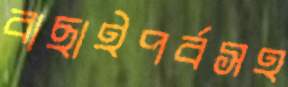
বাছাইপর্বসহ